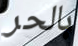
بالحر